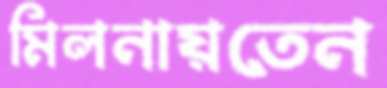
মিলনায়তেন